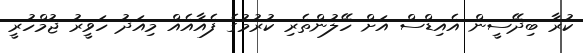
ކުރާ ބިދޭސީން އެއިޑްސް އަށް ހޭލުންތެރި ކުރުމުގެ ފެއާއެއް މިއަދު ހަވީރު ޖުމްހުރީ